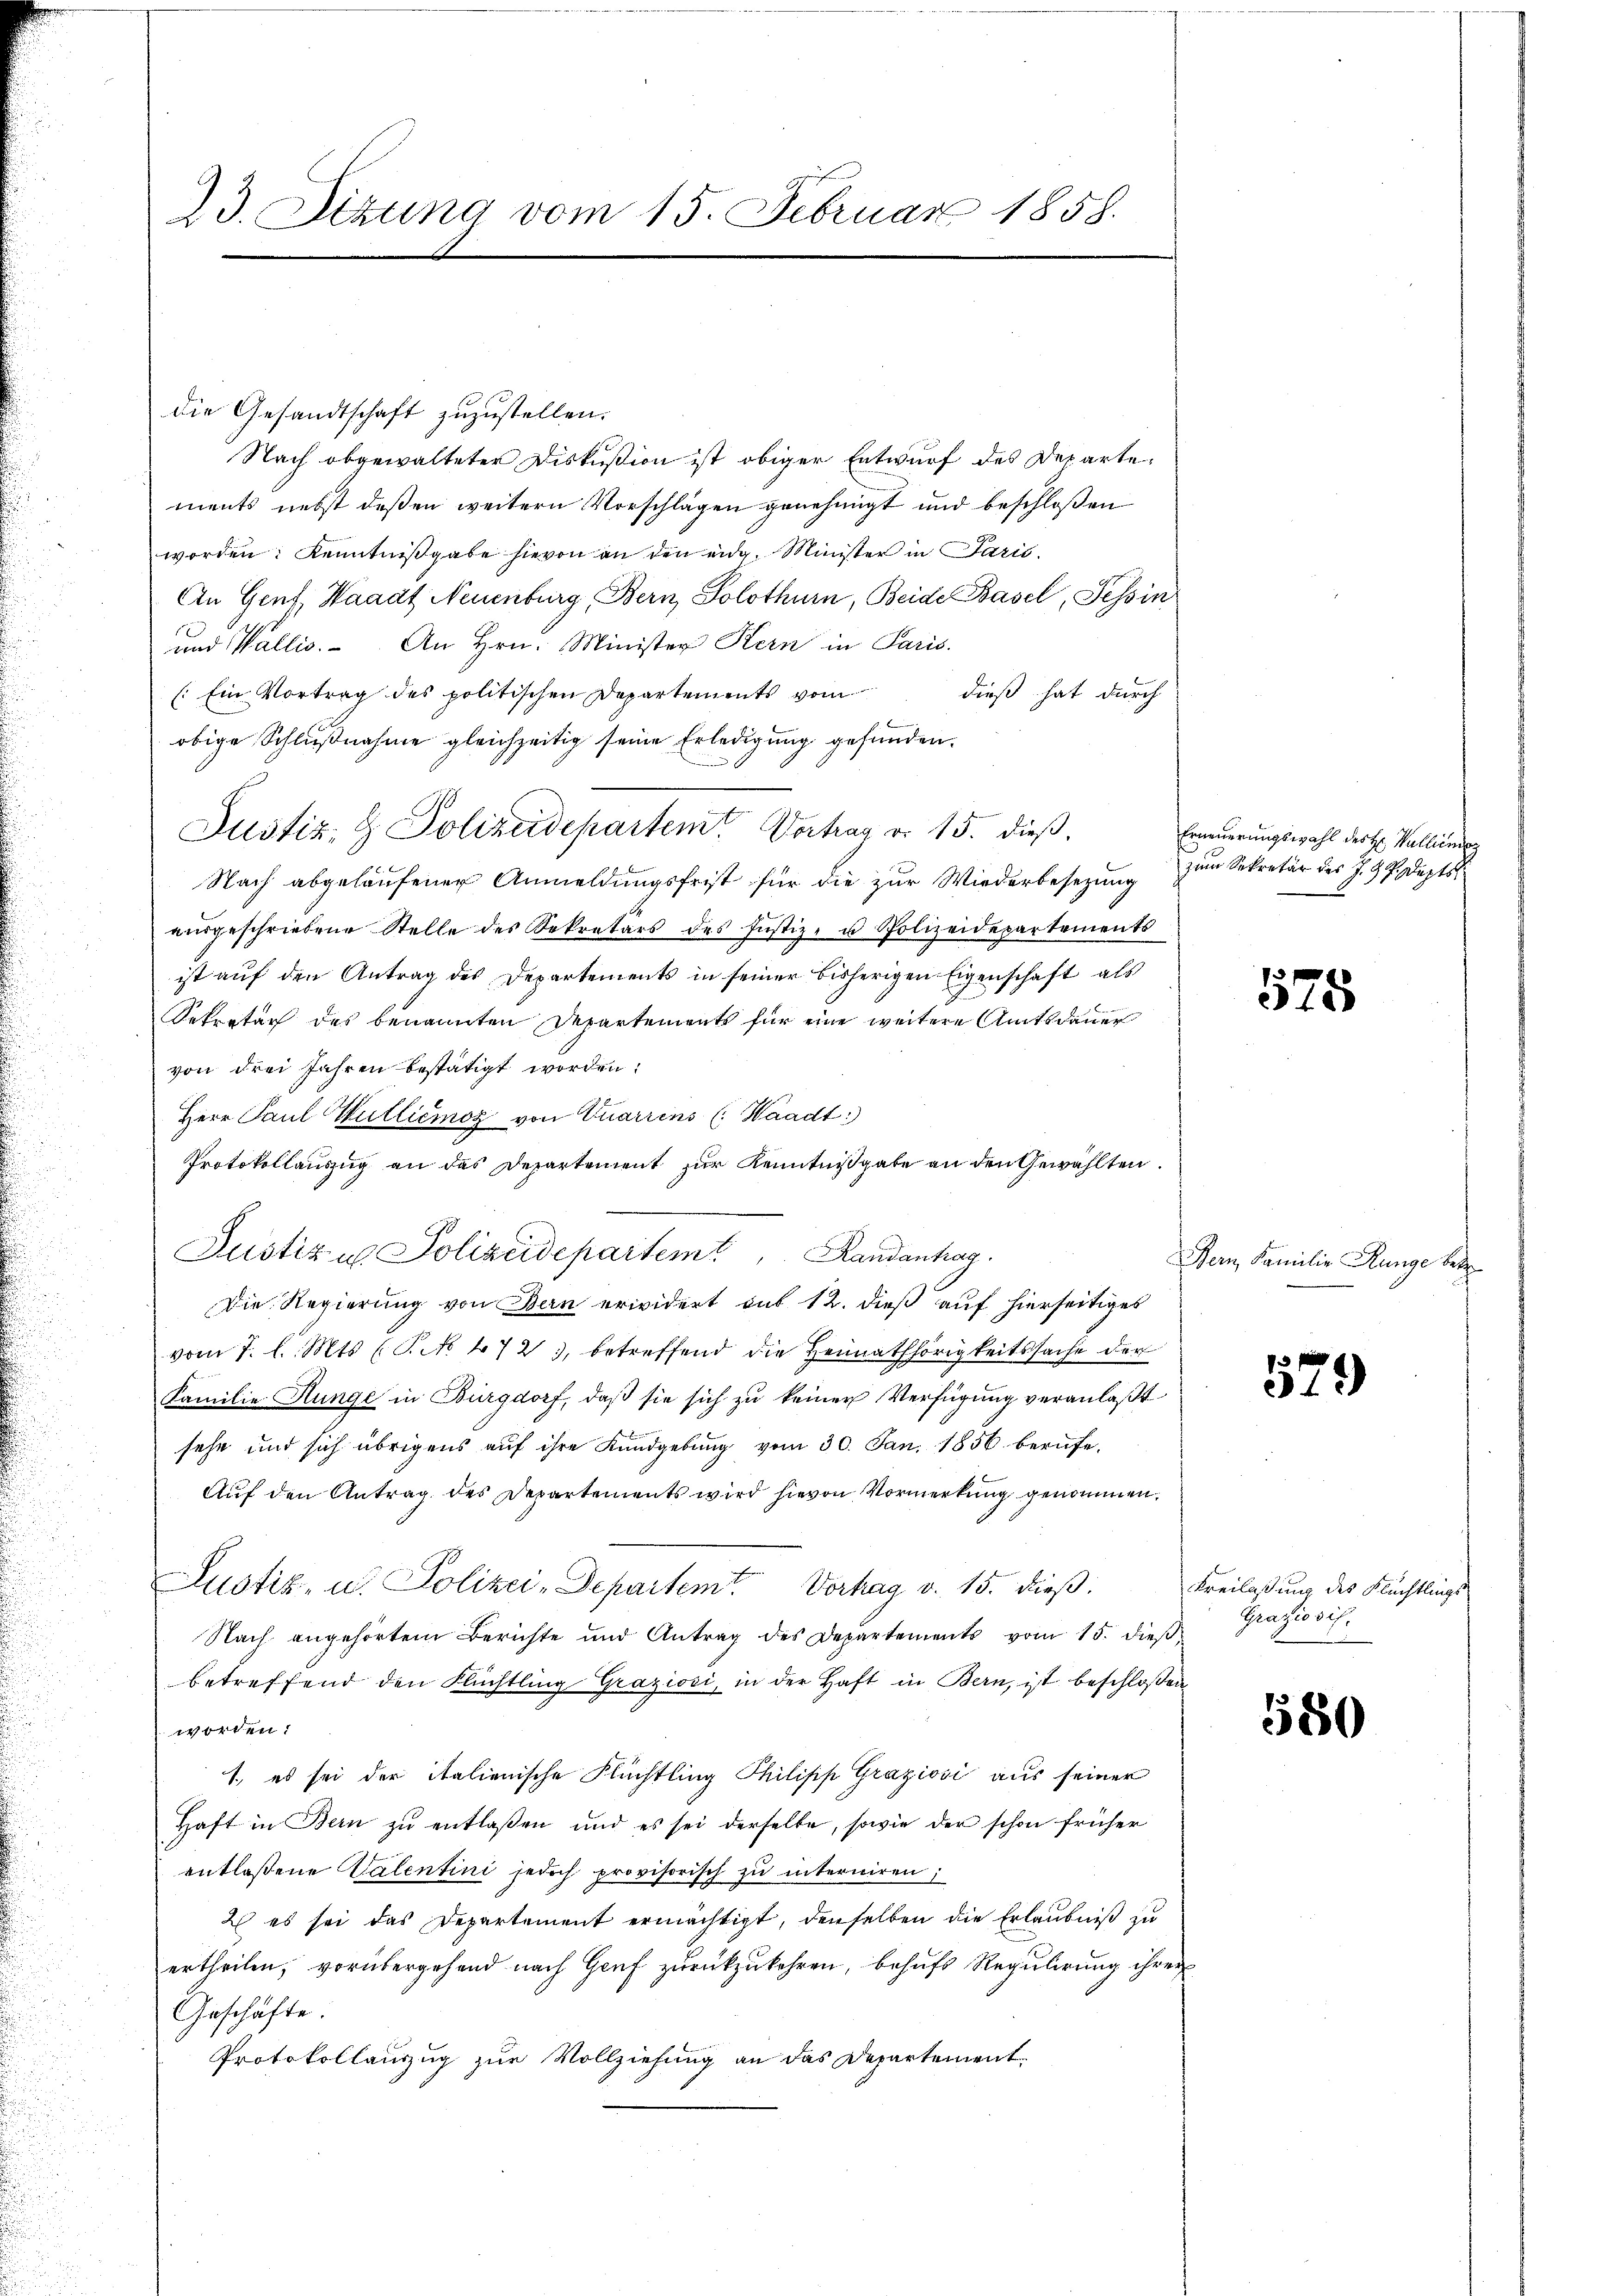
73. Sizung vom 15. Februar 1858.

die Gesandtschaft zuzustellen.
Nach abgewalteter Diskußion ist obiger Entwurf des Departements nebst deßen weitern Vorschlägen genehmigt und beschloßen
worden: Kenntnißgabe hievon an den eidg. Minister in Paris¬
An Genf Waadt Neuenburg, Bern, Solothurn, Beide Basel, Tessin
und Wallis. An Hrn. Minister Kern in Paris.
(Ein Vortrag des politischen Departements vom
dieß hat durch
obige Schlußnahme gleichzeitig seine Erledigung gefunden.
Justiz- & Polizeidepartem Vortrag d. 15. dieß,
Nach abgelaufener Anmeldungsfrist für die zur Wiederbesezung
aŭsgeschriebene Stelle des Sekretärs des Justiz- u Polizeidepartements
ist auf den Antrag des Departements in seiner bisherigen Eigenschaft als
Sekretär des benannten Departements für eine weitere Amtsdauer
von drei Jahren bestätigt worden.
Herr Paul Wulliemoz von Quarrens (Waadt:
Protokollauszug an das Departement zur Kenntnißgabe an den Gewählten.
Die Regierung von Bern erwidert auf 12. dieß auf hierseitiges
vom 7. d. Mts (S. 472, betreffend die Heimathörigkeitssache der
Familie Hunge in Burgdorf, daβ sie sich zu keiner Verfügung veranlaßt
sehe und sich übrigens auf ihre Kundgebung vom 30. Jan. 1856 berufe.
Auf den Antrag des Departements wird hievon Vormerkung genommen,
Justiz- u. Polizei-Departemt. Vorhag v. 15. dieβ.
Nach angehörtem Berichte und Antrag des Departements vom 15. dieß
betreffend den Flüchtling Graziosi, in der Haft in Bern, ist beschloßen
worden.
1., es sei der italienische Flüchtling Philipp Graziosi aus seiner
Haft in Bern zŭ entlaßen und es sei derselbe, sowie der schon früher
entlassene Valentini jedoch provisorisch zu interniren;
2s es sei das Departement ermächtigt, denselben die Erlaubniß zu
ertheilen, vorübergehend nach Genf zurückzukehren, behufs Regulirung ihrer
Geschäfte.
Protokollanzug zur Vollziehung an das Departement

Justiz u. Polizeidepartemt, Randanhag

Erneuerungswahl der H. Wallienig
zum Sekretär des J. G. P. Depts

575

Bern, Familie Runge betr

n
31)

Freilassung des Flüchtlings
Graziosis.

580